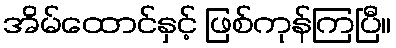
အိမ်ထောင်နှင့် ဖြစ်ကုန်ကြပြီ။